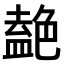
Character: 𫇤